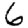
Digit: 6